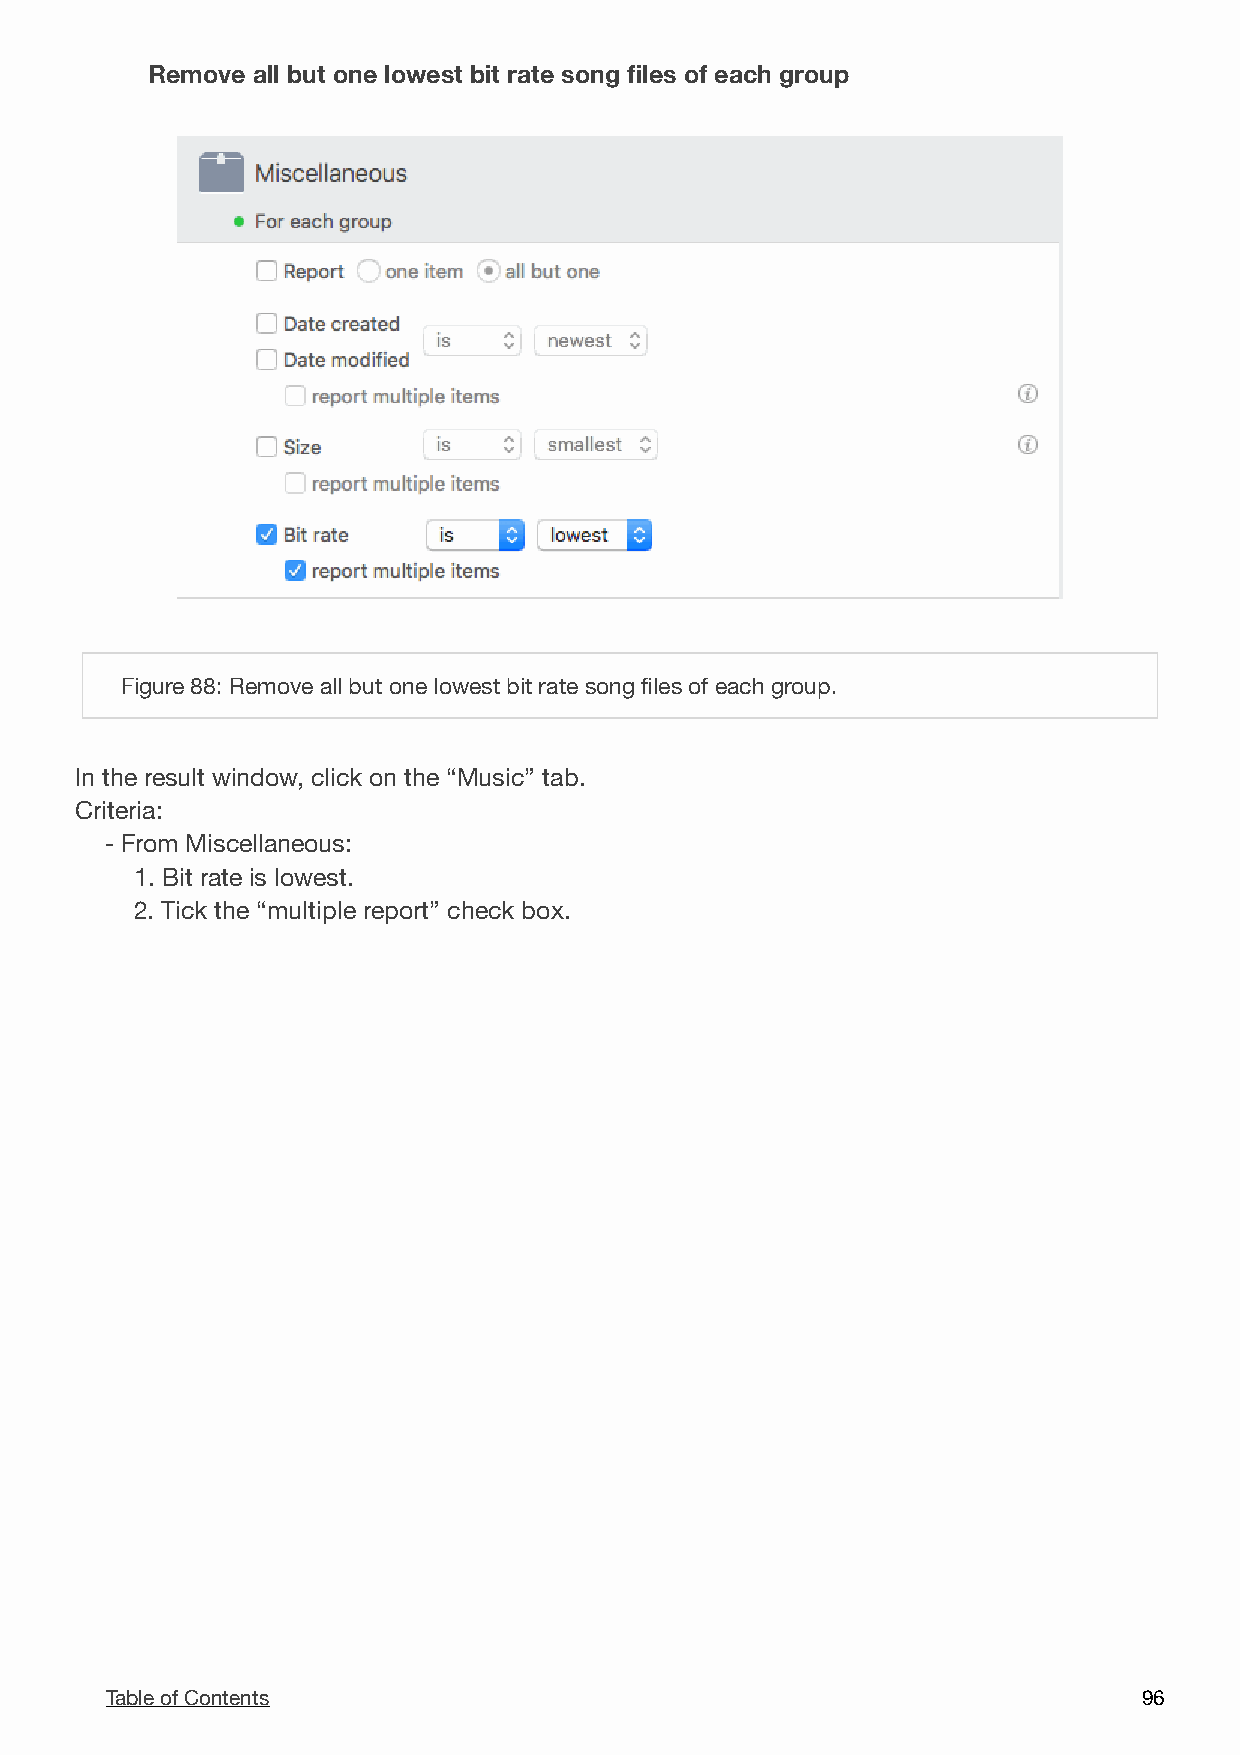
Remove all but one lowest bit rate song files of each group
 !
 Figure 88: Remove all but one lowest bit rate song files of each group.
 In the result window, click on the “Music” tab.
 Criteria:
 - From Miscellaneous:
 1. Bit rate is lowest.
 2. Tick the “multiple report” check box.
 Table of Contents                                                    9 6